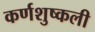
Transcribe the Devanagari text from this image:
कर्णशुष्कली